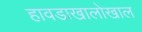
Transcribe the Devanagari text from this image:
हावडाखालोखाल